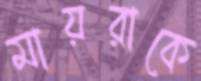
মায়রাকে